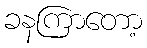
ခနကြာတော့